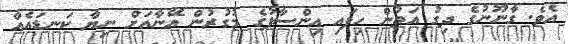
އެވެ. ގާނޫނުގެ ދިގު އަތުން ހިފައި އިންސާފުގެ މުގުރުން އޭނާއަށް ނިޔާ ކަނޑައެއް